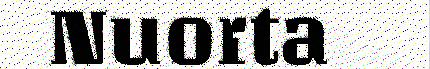
Nuorta